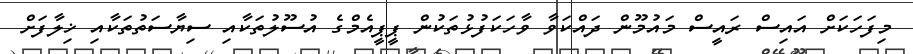
މިފަހަކަށް އައިސް ރައީސް މައުމޫން ދައްކަވާ ވާހަކަފުޅުތަކުން ޕީޕީއެމްގެ އުސޫލުތަކާއި ސިޔާސަތުތަކާއި ޚިލާފަށް